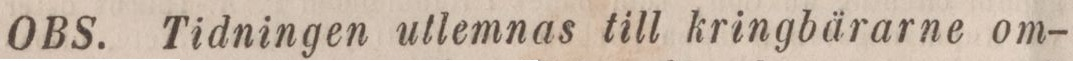
OBS. Tidningen utlemnas till kringbärarne om-